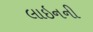
લાઇનની